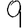
Digit: 9